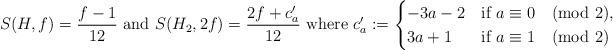
LaTeX: \begin{align*}S(H,f)=\frac{f-1}{12}\hbox { and }S(H_2,2f) =\frac{2f+c_a'}{12}\hbox{ where }c_a':=\begin{cases}-3a-2&\hbox{if $a\equiv 0\pmod 2$},\\3a+1&\hbox{if $a\equiv 1\pmod 2$}\end{cases}\end{align*}